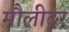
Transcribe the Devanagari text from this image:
मौलीदर